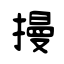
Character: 摱